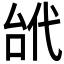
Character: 𠳙